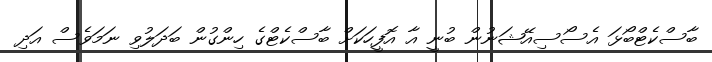
ބާސްކެޓްބޯޅަ އެސޯސިއޭޝަނުން ބުނީ އާ އޮފީހަކަށް ބާސްކެޓްގެ ހިންގުން ބަދަލުވި ނަމަވެސް އަދި